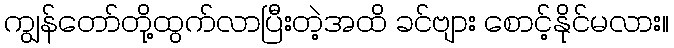
ကျွန်တော်တို့ထွက်လာပြီးတဲ့အထိ ခင်ဗျား စောင့်နိုင်မလား။